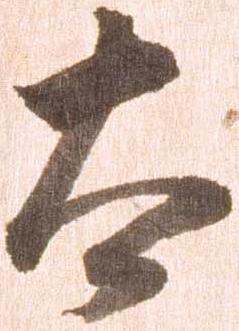
太